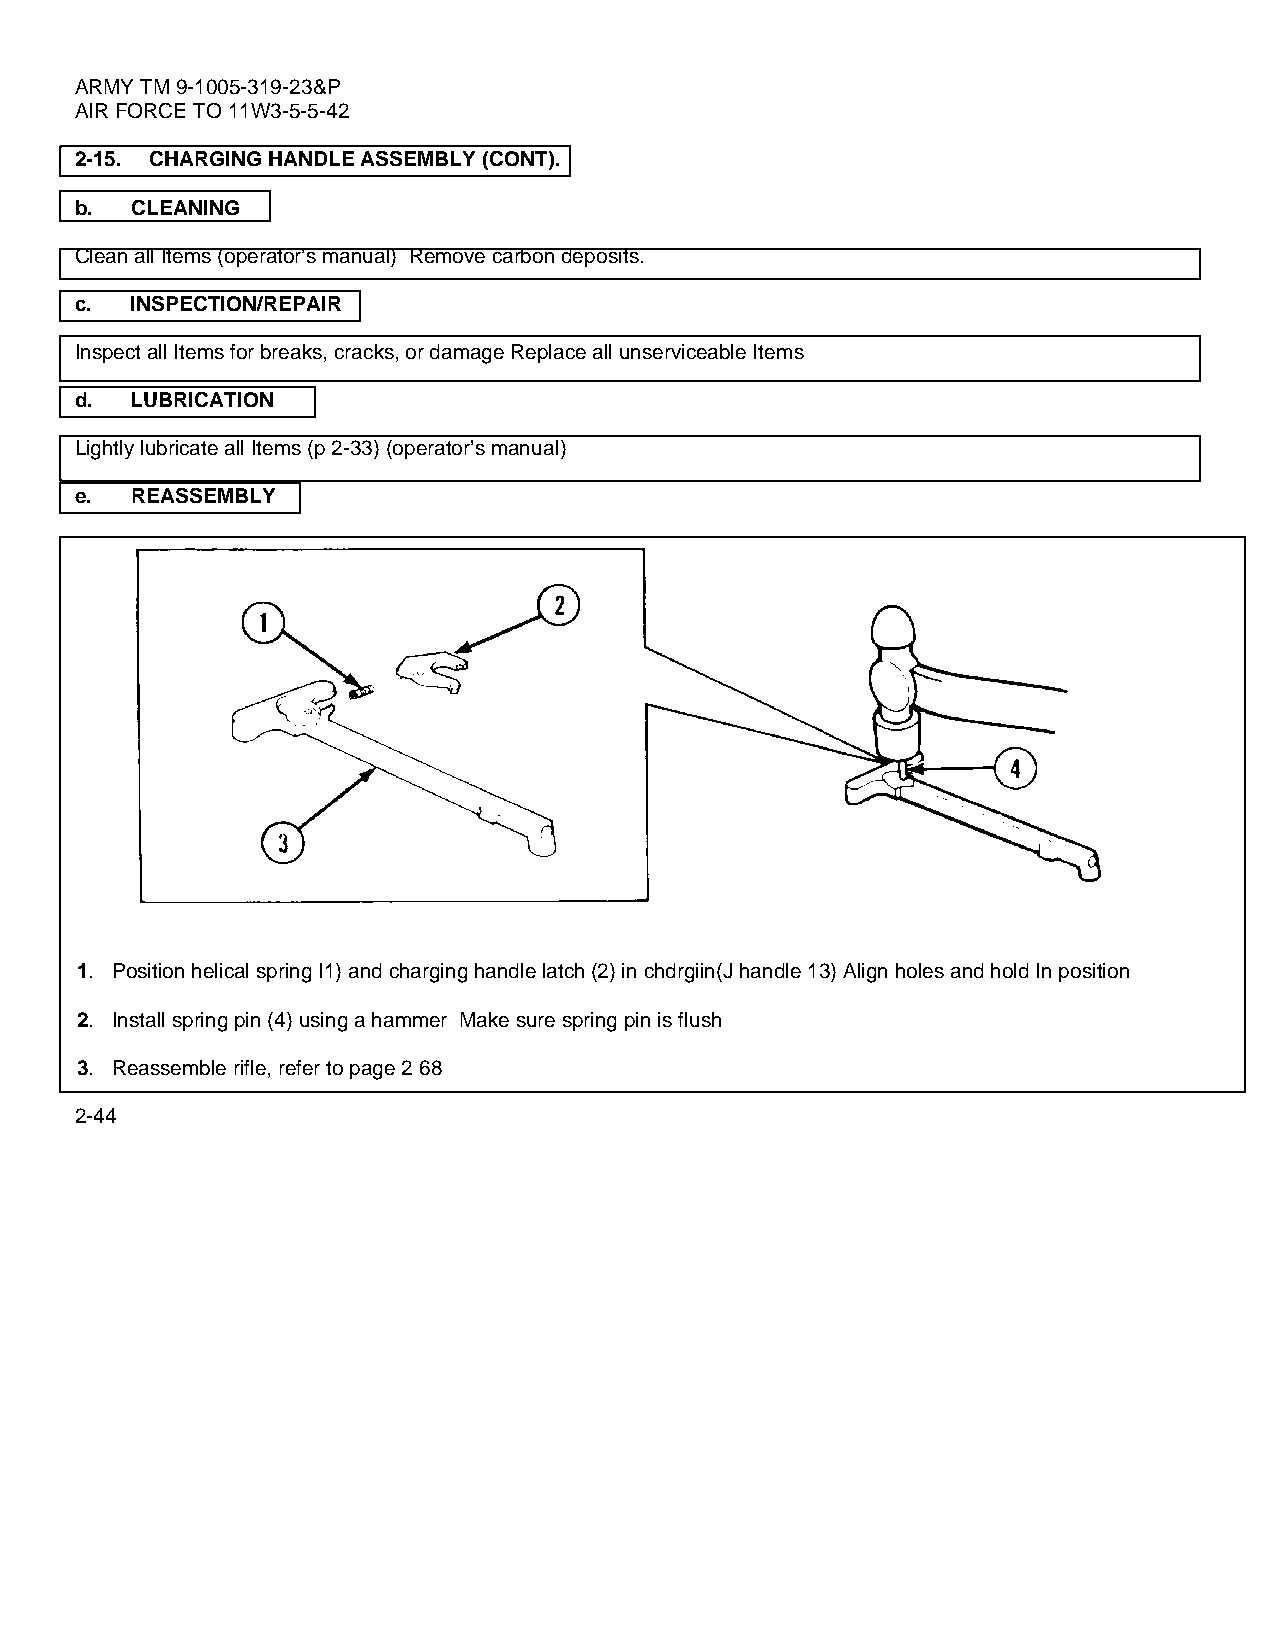
ARMY TM 9-1005-319-23&P
 AIR FORCE TO 11W3-5-5-42
 2-15. CHARGING HANDLE ASSEMBLY (CONT).
 b.  CLEANING
 Clean all Items (operator’s manual) Remove carbon deposits.
 c.  INSPECTION/REPAIR
 Inspect all Items for breaks, cracks, or damage Replace all unserviceable Items
 d.  LUBRICATION
 Lightly lubricate all Items (p 2-33) (operator’s manual)
 e.  REASSEMBLY
 1. Position helical spring I1) and charging handle latch (2) in chdrgiin(J handle 13) Align holes and hold In position
 2. Install spring pin (4) using a hammer Make sure spring pin is flush
 3. Reassemble rifle, refer to page 2 68
 2-44